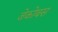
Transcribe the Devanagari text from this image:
जेकोबस